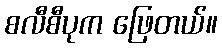
စလီစီပုက ဖြေတယ်။